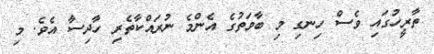
ތާރީހުގައި ވެސް ހިނގި މި ބާވަތުގެ އެންމެ ނުރައްކާތެރި ހާދިސާ އެވެ. މި